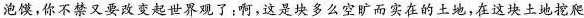
泡馍，你不禁又要改变起世界观了;啊，这是块多么空旷而实在的土地,在这块土地挖爬